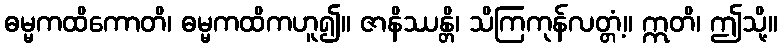
ဓမ္မကထိကောတိ၊ ဓမ္မကထိကဟူ၍။ ဇာနိဿန္တိ၊ သိကြကုန်လတ္တံ့။ ဣတိ၊ ဤသို့။